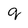
Character: q